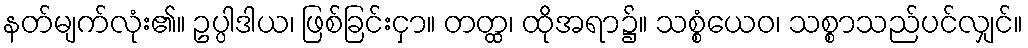
နတ်မျက်လုံး၏။ ဥပ္ပါဒါယ၊ ဖြစ်ခြင်းငှာ။ တတ္ထ၊ ထိုအရာ၌။ သစ္စံယေဝ၊ သစ္စာသည်ပင်လျှင်။